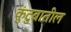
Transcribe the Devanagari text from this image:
कुंटुबातील